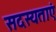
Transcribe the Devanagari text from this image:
सदस्यताएं